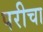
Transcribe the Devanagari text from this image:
परीचा